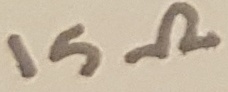
Text: 15Ω